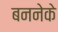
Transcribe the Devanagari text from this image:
बननेके